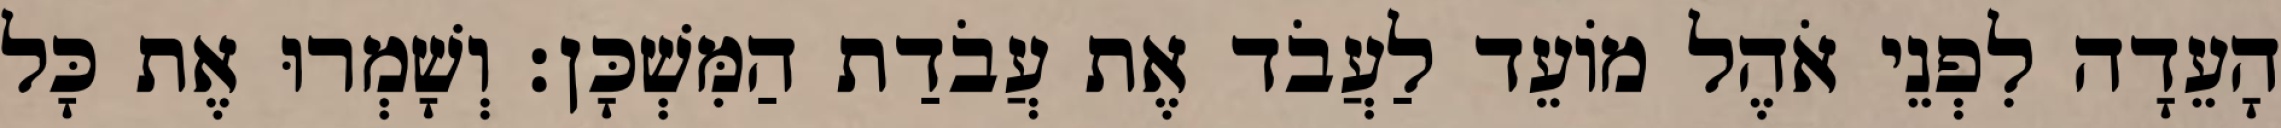
הָעֵדָה לִפְנֵי אֹהֶל מוֹעֵד לַעֲבֹד אֶת עֲבֹדַת הַמִּשְׁכָּן׃ וְשָׁמְרוּ אֶת כָּל